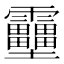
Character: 𱁪